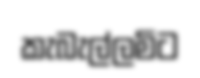
කැබැල්ලමිට